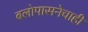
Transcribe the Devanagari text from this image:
बलोपासनेचाही